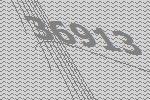
36913